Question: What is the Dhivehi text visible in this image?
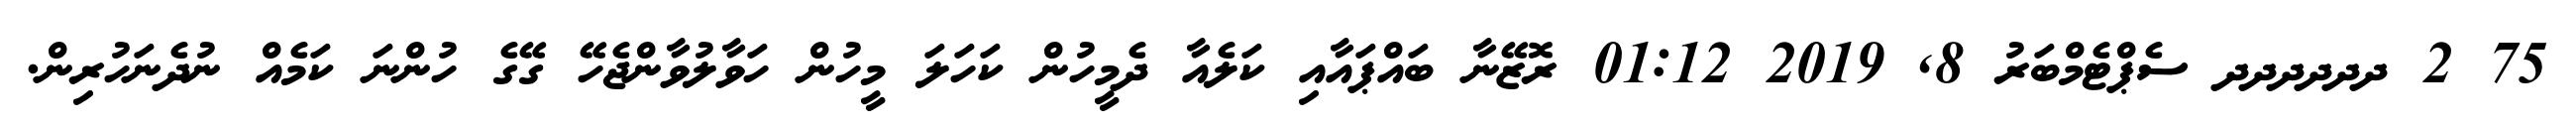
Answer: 75 2 ދދދދދދ ސެޕްޓެމްބަރު 8, 2019 01:12 ރޮޒޭނާ ބައްޕައާއި ކަލެއާ ދެމީހުން ކަހަލަ މީހުން ހަވާލުވާންޖެހޭ ގޭގެ ހުންނަ ކަމެއް ނުދެނަހުރިން.